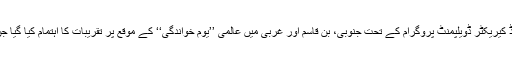
گزشتہ دنوں اپنی سابقہ روایات کو برقرار رکھتے ہوئے الخدمت چائلڈ کیریکٹر ڈویلپمنٹ پروگرام کے تحت جنوبی، بن قاسم اور غربی میں عالمی ’’یومِ خواندگی‘‘ کے موقع پر تقریبات کا اہتمام کیا گیا جن میں یتیم بچوں، اُن کی ماؤں اور سرپرستوں نے بھرپور شرکت کی۔